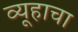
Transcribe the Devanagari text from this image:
व्यूहाचा